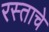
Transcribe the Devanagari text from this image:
रस्ताचे